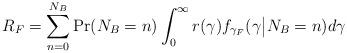
LaTeX: \begin{align*}R_F=\sum_{n=0}^{N_B} \Pr(N_B=n) \int_0^{\infty} r(\gamma)f_{\gamma_F}(\gamma \big{|}N_B=n)d \gamma\end{align*}